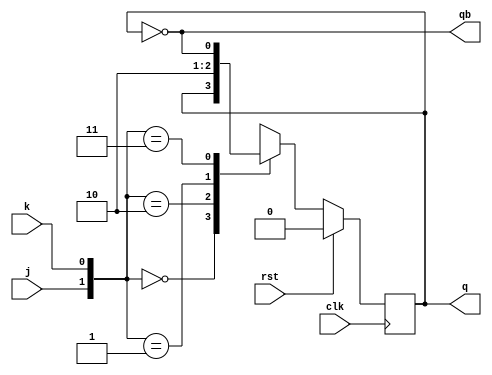
module jk_ff(j,k,clk,rst,q,qb);
input clk,rst,j,k;
output reg q;
output qb;
parameter HOLD=2'b00,
          SET=2'b10,
          RESET=2'b01,
          TOGGLE=2'b11;
always@(posedge clk)
if(rst)
q<=0;
else
begin  
case({j,k})
HOLD :q<= q;
SET :q<= 1;
RESET :q<=0;
TOGGLE :q<=~q;
endcase
end
assign qb=~q;
endmodule